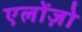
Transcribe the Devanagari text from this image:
एलोंज़ो